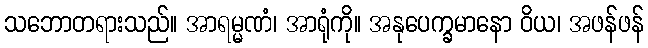
သဘောတရားသည်။ အာရမ္မဏံ၊ အာရုံကို။ အနုပေက္ခမာနော ဝိယ၊ အဖန်ဖန်